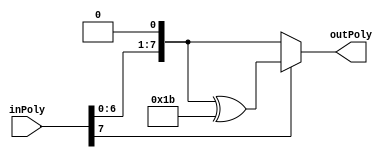
module galoisMultiplyBy2(outPoly,inPoly);
input [7:0]inPoly; //input polynomial
output [7:0]outPoly;

assign outPoly = (inPoly[7]==0) ? (inPoly << 1) : ((inPoly<<1) ^ 8'h1b);

endmodule